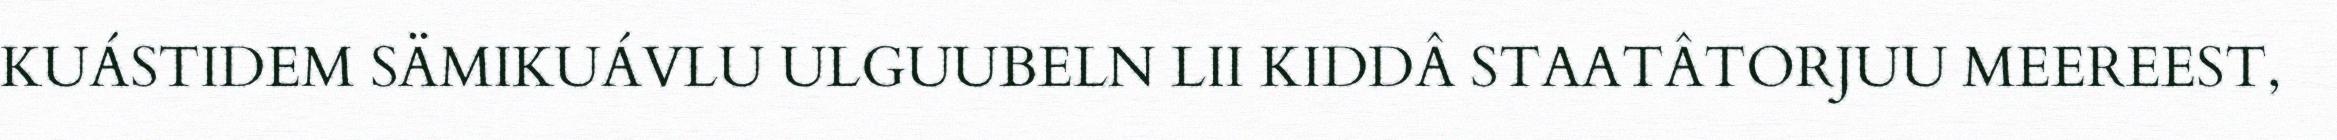
KUÁSTIDEM SÄMIKUÁVLU ULGUUBELN LII KIDDÂ STAATÂTORJUU MEEREEST,